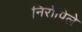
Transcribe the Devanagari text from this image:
निरोपिले